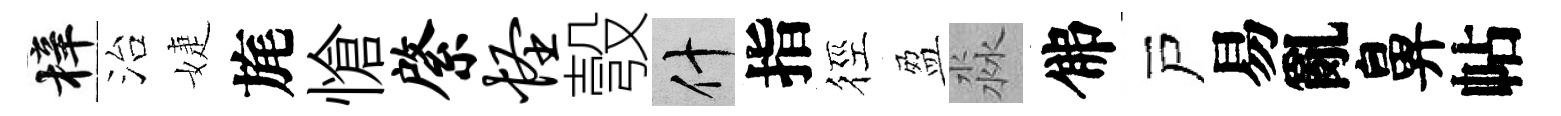
梓治婕旄愴綮怪彀什指徑盈淼佛戸易亂鼻帖